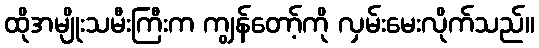
ထိုအမျိုးသမီးကြီးက ကျွန်တော့်ကို လှမ်းမေးလိုက်သည်။